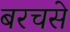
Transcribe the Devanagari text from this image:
बरचसे